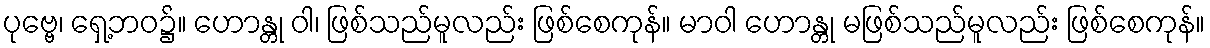
ပုဗ္ဗေ၊ ရှေ့ဘဝ၌။ ဟောန္တု ဝါ၊ ဖြစ်သည်မူလည်း ဖြစ်စေကုန်။ မာဝါ ဟောန္တု မဖြစ်သည်မူလည်း ဖြစ်စေကုန်။